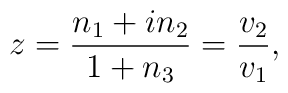
z = \frac{n_1 + i n_2}{1+n_3} = \frac{v_2}{v_1},